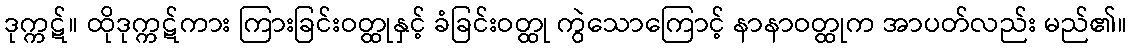
ဒုက္ကဋ်။ ထိုဒုက္ကဋ်ကား ကြားခြင်းဝတ္ထုနှင့် ခံခြင်းဝတ္ထု ကွဲသောကြောင့် နာနာဝတ္ထုက အာပတ်လည်း မည်၏။